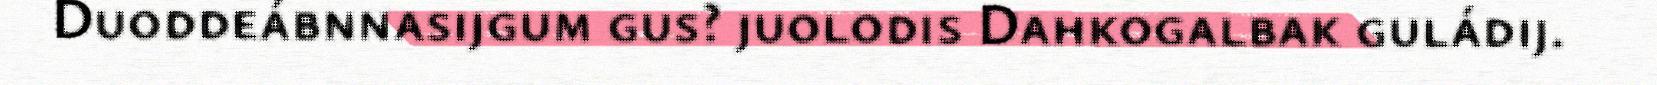
Duoddeábnnasijgum gus? juolodis Dahkogalbak guládij.